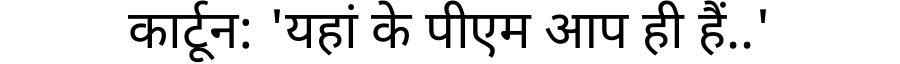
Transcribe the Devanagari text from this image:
कार्टून: 'यहां के पीएम आप ही हैं..'